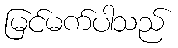
မြင်မက်ပါသည်